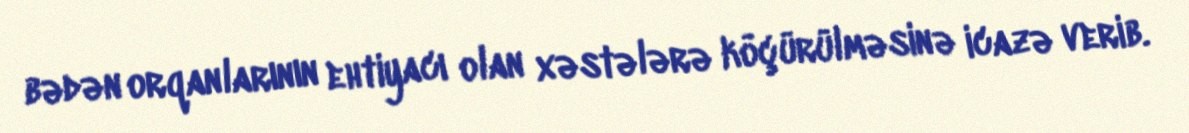
bədən orqanlarının ehtiyacı olan xəstələrə köçürülməsinə icazə verib.